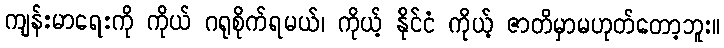
ကျန်းမာရေးကို ကိုယ် ဂရုစိုက်ရမယ်၊ ကိုယ့် နိုင်ငံ ကိုယ့် ဇာတိမှာမဟုတ်တော့ဘူး။